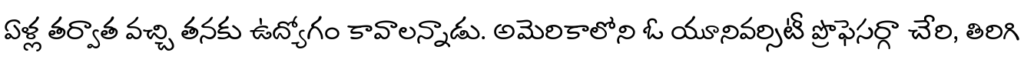
ఏళ్ల తర్వాత వచ్చి తనకు ఉద్యోగం కావాలన్నాడు. అమెరికాలోని ఓ యూనివర్సిటీ ప్రొఫెసర్గా చేరి, తిరిగి